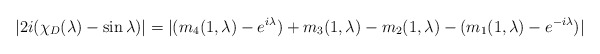
\begin{align*}|2i(\chi_D(\lambda)-\sin \lambda)| = |(m_4(1,\lambda)-e^{i\lambda})+m_3(1,\lambda)-m_2(1,\lambda)-(m_1(1,\lambda)-e^{-i\lambda})|\end{align*}